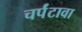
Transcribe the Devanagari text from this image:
चर्पंटावा